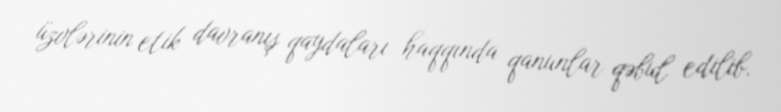
üzvlərinin etik davranış qaydaları haqqında qanunlar qəbul edilib.